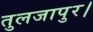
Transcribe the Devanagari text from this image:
तुलजापुर।